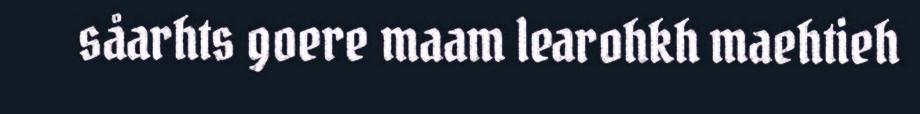
såarhts goere maam learohkh maehtieh